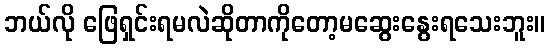
ဘယ်လို ဖြေရှင်းရမလဲဆိုတာကိုတော့မဆွေးနွေးရသေးဘူး။